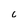
Character: c